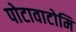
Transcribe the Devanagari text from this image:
पोटावाटोमि